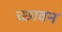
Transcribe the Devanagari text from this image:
च्छावन